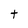
Character: t